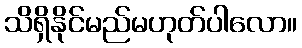
သိရှိနိုင်မည်မဟုတ်ပါလော။